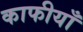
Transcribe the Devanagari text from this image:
काफीयाँ